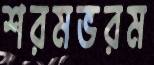
শরমভরম